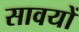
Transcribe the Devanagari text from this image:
सावयों